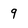
Character: 9